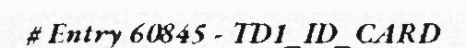
# Entry 60845 - TD1_ID_CARD